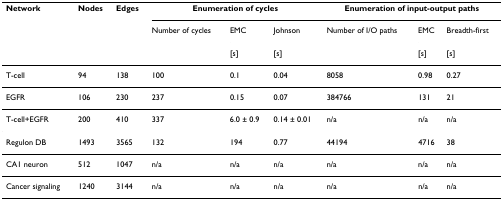
<table><thead><tr><td><b>Network</b></td><td><b>Nodes</b></td><td><b>Edges</b></td><td colspan="3"><b>Enumeration of cycles</b></td><td colspan="3"><b>Enumeration of input-output paths</b></td></tr><tr><td></td><td></td><td></td><td><b>Number of cycles</b></td><td><b>EMC</b></td><td><b>Johnson</b></td><td><b>Number of I/O paths</b></td><td><b>EMC</b></td><td><b>Breadth-first</b></td></tr><tr><td></td><td></td><td></td><td></td><td><b>[s]</b></td><td><b>[s]</b></td><td></td><td><b>[s]</b></td><td><b>[s]</b></td></tr></thead><tbody><tr><td>T-cell</td><td>94</td><td>138</td><td>100</td><td>0.1</td><td>0.04</td><td>8058</td><td>0.98</td><td>0.27</td></tr><tr><td>EGFR</td><td>106</td><td>230</td><td>237</td><td>0.15</td><td>0.07</td><td>384766</td><td>131</td><td>21</td></tr><tr><td>T-cell+EGFR</td><td>200</td><td>410</td><td>337</td><td>6.0 ± 0.9</td><td>0.14 ± 0.01</td><td>n/a</td><td>n/a</td><td>n/a</td></tr><tr><td>Regulon DB</td><td>1493</td><td>3565</td><td>132</td><td>194</td><td>0.77</td><td>44194</td><td>4716</td><td>38</td></tr><tr><td>CA1 neuron</td><td>512</td><td>1047</td><td>n/a</td><td>n/a</td><td>n/a</td><td>n/a</td><td>n/a</td><td>n/a</td></tr><tr><td>Cancer signaling</td><td>1240</td><td>3144</td><td>n/a</td><td>n/a</td><td>n/a</td><td>n/a</td><td>n/a</td><td>n/a</td></tr></tbody></table>